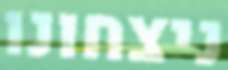
ניצחונו